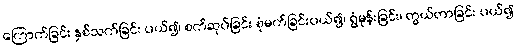
ကြောက်ခြင်း နှစ်သက်ခြင်း ပယ်၍၊ စက်ဆုပ်ခြင်း စုံမက်ခြင်းပယ်၍၊ ရွံမုန်းခြင်း၊ တွယ်တာခြင်း ပယ်၍